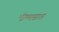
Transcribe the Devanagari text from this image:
भीष्मासाठी